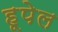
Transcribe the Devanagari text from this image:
हूपेल